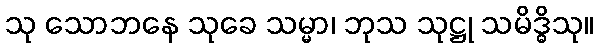
သု သောဘနေ သုခေ သမ္မာ၊ ဘုသ သုဋ္ဌု သမိဒ္ဓိသု။